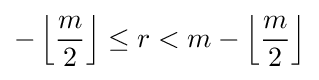
-\left\lfloor {\frac {m}{2}}\right\rfloor \leq r<m-\left\lfloor {\frac {m}{2}}\right\rfloor